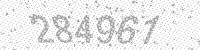
Solution: 284961